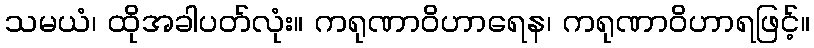
သမယံ၊ ထိုအခါပတ်လုံး။ ကရုဏာဝိဟာရေန၊ ကရုဏာဝိဟာရဖြင့်။